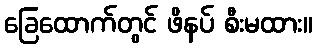
ခြေထောက်တွင် ဖိနပ် စီးမထား။